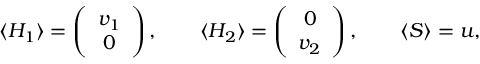
\langle H _ { 1 } \rangle = \left( \begin{array} { c } { { v _ { 1 } } } \\ { { 0 } } \end{array} \right) , \qquad \langle H _ { 2 } \rangle = \left( \begin{array} { c } { { 0 } } \\ { { v _ { 2 } } } \end{array} \right) , \qquad \langle S \rangle = u ,